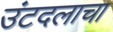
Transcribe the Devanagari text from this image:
उंटदलाचा